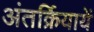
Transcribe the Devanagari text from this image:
अंतर्क्रियायें